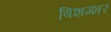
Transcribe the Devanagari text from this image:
बिशम्भर